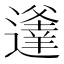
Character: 𨗾